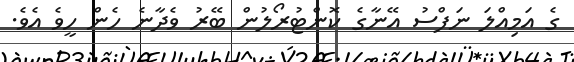
ގެ އަމިއްލަ ނަފްސު އޭނާގެ ކޮންޓުރޯލުން ބޭރު ވެދާނެ ހެން ހީވެ އެވެ.